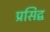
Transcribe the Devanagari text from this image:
प्रसिद्व